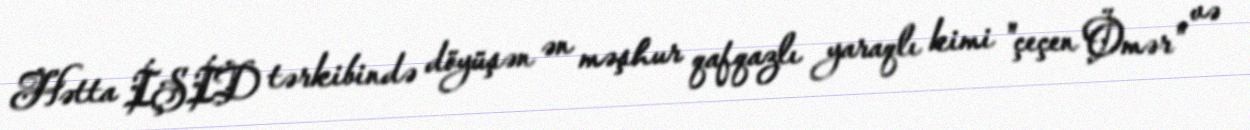
Hətta İŞİD tərkibində döyüşən ən məşhur qafqazlı yaraqlı kimi "çeçen Ömər" və